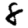
Digit: 8